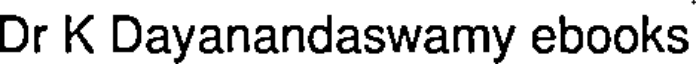
Dr K Dayanandaswamy ebooks